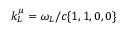
k _ { L } ^ { \mu } = \omega _ { L } / c \{ 1 , 1 , 0 , 0 \}